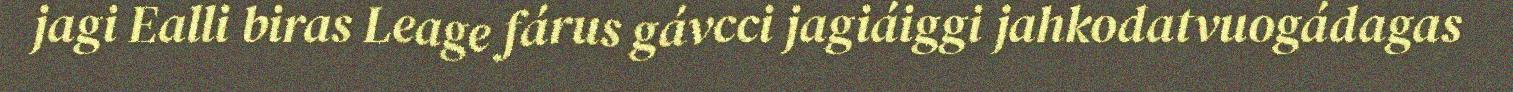
jagi Ealli biras Leage fárus gávcci jagiáiggi jahkodatvuogádagas